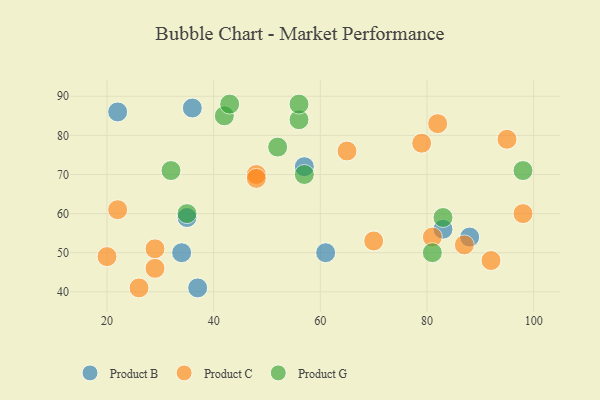
{"axis": {"x": "GDP", "y": "Life Expectancy"}, "legend": ["Product B", "Product C", "Product G"], "data": [{"x": "88", "y": 54, "type": "Product B"}, {"x": "36", "y": 87, "type": "Product B"}, {"x": "61", "y": 50, "type": "Product B"}, {"x": "83", "y": 56, "type": "Product B"}, {"x": "22", "y": 86, "type": "Product B"}, {"x": "37", "y": 41, "type": "Product B"}, {"x": "57", "y": 72, "type": "Product B"}, {"x": "34", "y": 50, "type": "Product B"}, {"x": "35", "y": 59, "type": "Product B"}, {"x": "79", "y": 78, "type": "Product C"}, {"x": "26", "y": 41, "type": "Product C"}, {"x": "48", "y": 70, "type": "Product C"}, {"x": "82", "y": 83, "type": "Product C"}, {"x": "65", "y": 76, "type": "Product C"}, {"x": "48", "y": 69, "type": "Product C"}, {"x": "98", "y": 60, "type": "Product C"}, {"x": "29", "y": 51, "type": "Product C"}, {"x": "87", "y": 52, "type": "Product C"}, {"x": "95", "y": 79, "type": "Product C"}, {"x": "29", "y": 46, "type": "Product C"}, {"x": "81", "y": 54, "type": "Product C"}, {"x": "70", "y": 53, "type": "Product C"}, {"x": "92", "y": 48, "type": "Product C"}, {"x": "20", "y": 49, "type": "Product C"}, {"x": "22", "y": 61, "type": "Product C"}, {"x": "98", "y": 71, "type": "Product G"}, {"x": "32", "y": 71, "type": "Product G"}, {"x": "56", "y": 84, "type": "Product G"}, {"x": "57", "y": 70, "type": "Product G"}, {"x": "42", "y": 85, "type": "Product G"}, {"x": "35", "y": 60, "type": "Product G"}, {"x": "56", "y": 88, "type": "Product G"}, {"x": "43", "y": 88, "type": "Product G"}, {"x": "81", "y": 50, "type": "Product G"}, {"x": "52", "y": 77, "type": "Product G"}, {"x": "83", "y": 59, "type": "Product G"}]}